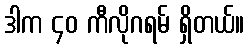
ဒါက ၄၀ ကီလိုဂရမ် ရှိတယ်။